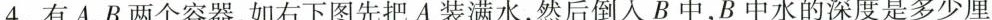
4.有A、B两个容器，如右下图先把A装满水，然后倒入B中，B中水的深度是多少厘